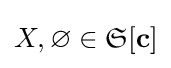
X,\varnothing \in {\mathfrak {S}}[\mathbf {c} ]